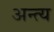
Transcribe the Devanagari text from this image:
अन्‍त्‍य